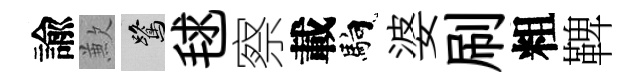
諭歉鷺毬察載馿婆刷粗鞞